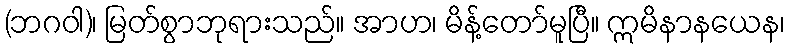
(ဘဂဝါ)၊ မြတ်စွာဘုရားသည်။ အာဟ၊ မိန့်တော်မူပြီ။ ဣမိနာနယေန၊